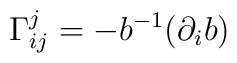
\Gamma_{ij}^j=-b^{-1}(\partial_ib)